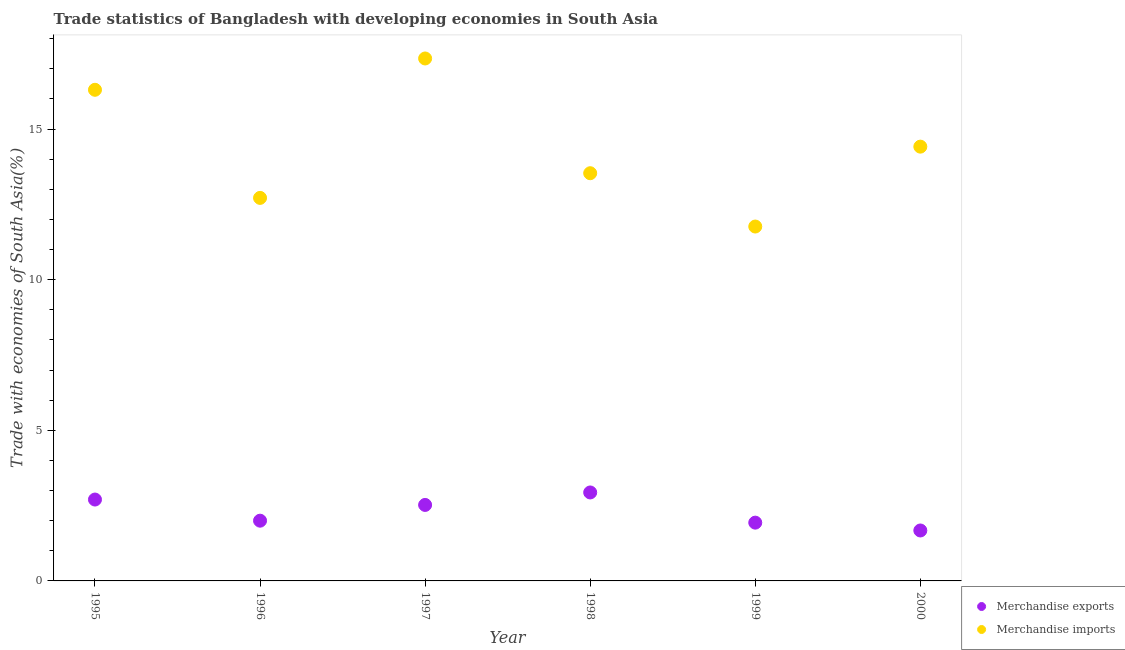
| Year | Merchandise exports | Merchandise imports |
 | --- | --- | --- |
 | 1995 | 2.7 | 16.3 |
 | 1996 | 2 | 12.7 |
 | 1997 | 2.52 | 17.3 |
 | 1998 | 2.94 | 13.5 |
 | 1999 | 1.93 | 11.8 |
 | 2000 | 1.67 | 14.4 |